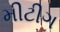
મીટીગ